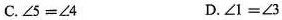
C.$$\angle5=\angle4 $$D.$$\angle1=\angle3$$